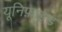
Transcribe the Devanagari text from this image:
यूनिफ़ाइड